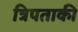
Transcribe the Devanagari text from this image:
त्रिपताकी